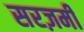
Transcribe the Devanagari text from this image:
सरज़मीं